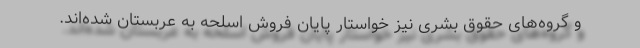
و گروه‌های حقوق بشری نیز خواستار پایان فروش اسلحه به عربستان شده‌اند.